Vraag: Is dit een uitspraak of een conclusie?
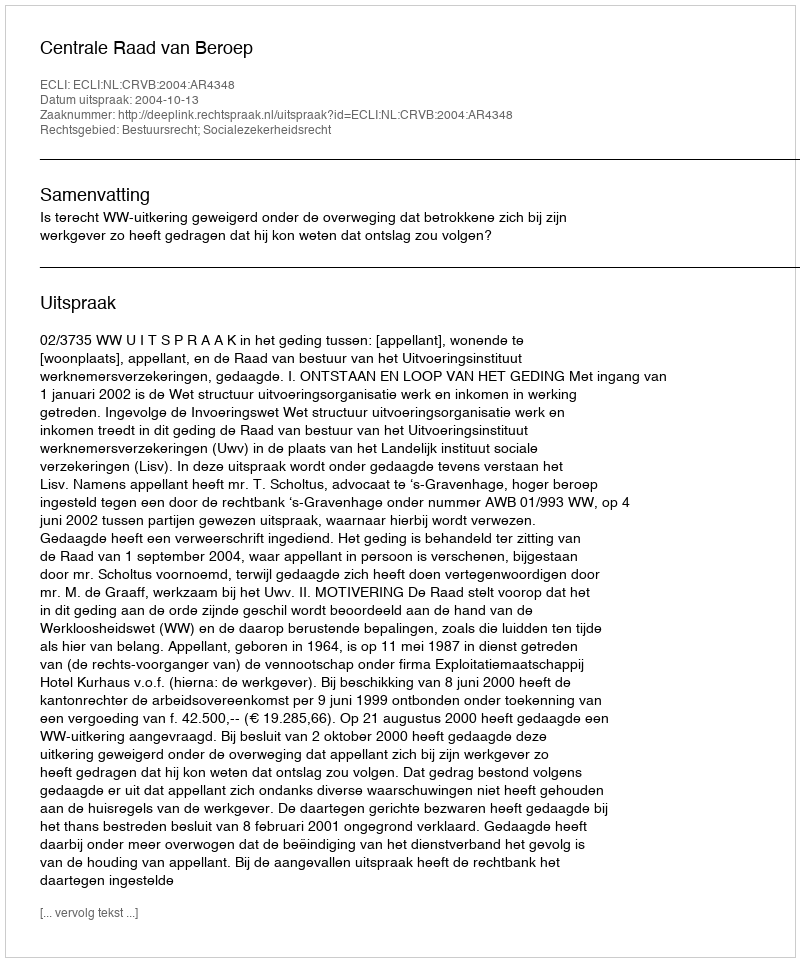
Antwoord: Uitspraak